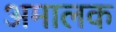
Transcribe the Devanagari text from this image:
अमालक